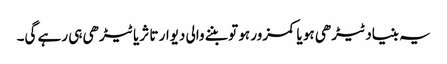
یہ بنیاد ٹیڑھی ہو یا کمزور ہو تو بننے والی دیوار تا ثریا ٹیڑھی ہی رہے گی۔